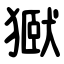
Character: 㺇